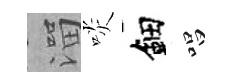
溜啖鈿唱